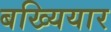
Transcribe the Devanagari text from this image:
बख्यियार